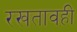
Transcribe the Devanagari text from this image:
रखतावही